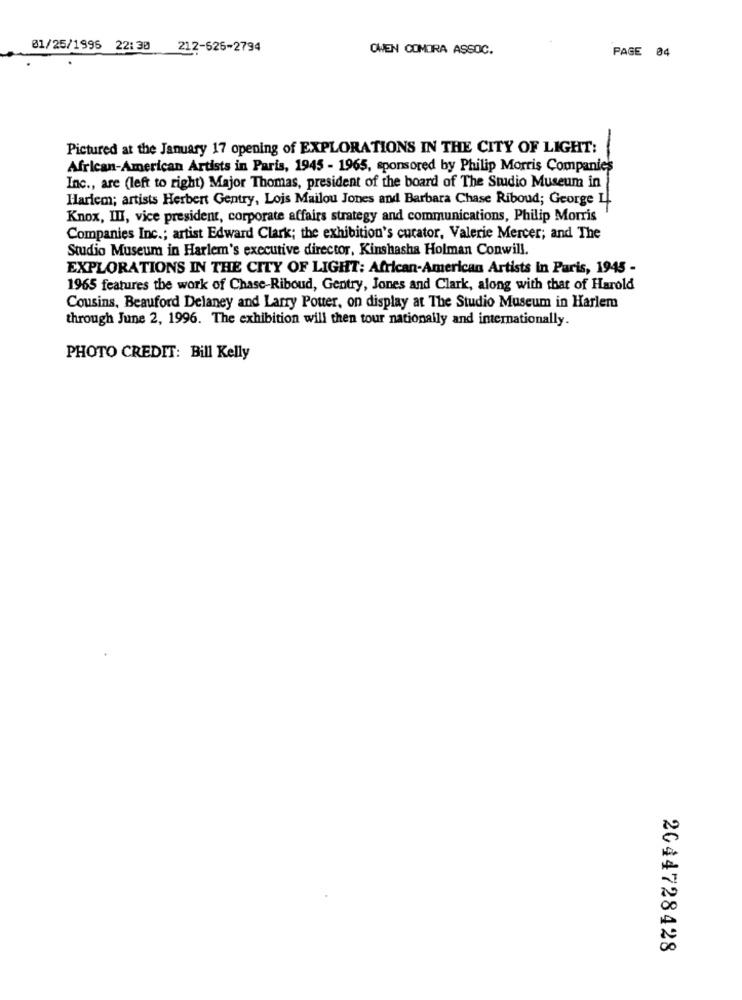
01/25/1996 22:30 212-626-2794
OWEN COMOIRA ASSOC.
PAGE 04
Pictured at the January 17 opening of EXPLORATIONS IN THE CITY OF LIGHT:
African-American Artists in Paris, 1945 - 1965, sponsored by Philip Morris Companies
Inc ., are (left to right) Major Thomas, president of the board of The Studio Museum in
Haricm; artists Herbert Gentry, Lois Mailou Jones and Barbara Chase Riboud; George LI
Knox, III, vice president, corporate affairs strategy and communications, Philip Morris
Companies Inc .; artist Edward Clark; the exhibition's curator, Valerie Mercer; and The
Studio Museum in Harlem's executive director, Kinshasha Holman Conwill.
EXPLORATIONS IN THE CITY OF LIGHT: African-American Artists In Paris, 1945 -
1965 features the work of Chase-Riboud, Gentry, Jones and Clark, along with that of Harold
Cousins, Beauford Delaney and Larry Potter, on display at The Studio Museum in Harlem
through June 2, 1996. The exhibition will then tour nationally and internationally.
PHOTO CREDIT: Bill Kelly
2044728428